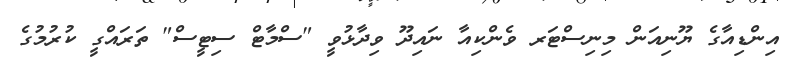
އިންޑިއާގެ ޔޫނިއަން މިނިސްޓަރ ވެންކިއާ ނައިދޫ ވިދާޅުވީ "ސްމާޓް ސިޓީސް" ތަރައްގީ ކުރުމުގެ